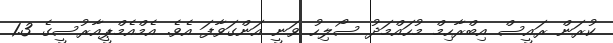
ކުރަން ރައީސް އިބްރާހިމް މުހައްމަދު ސޯލިހު ވަނީ އަންގަވާފަ އެވެ. އެމްއެމްޕީއާރުސީގެ 1.3